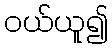
ဝယ်ယူ၍